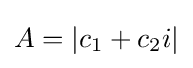
A=|c_{1}+c_{2}i|